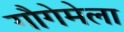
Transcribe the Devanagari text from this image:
गौगेमेला